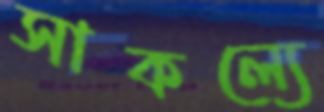
সাকল্যে